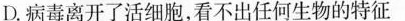
D.病毒离开了活细胞，看不出任何生物的特征